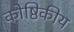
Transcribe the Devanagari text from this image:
कोष्ठिकीय